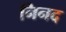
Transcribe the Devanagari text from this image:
निनद